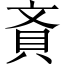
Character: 𧴻